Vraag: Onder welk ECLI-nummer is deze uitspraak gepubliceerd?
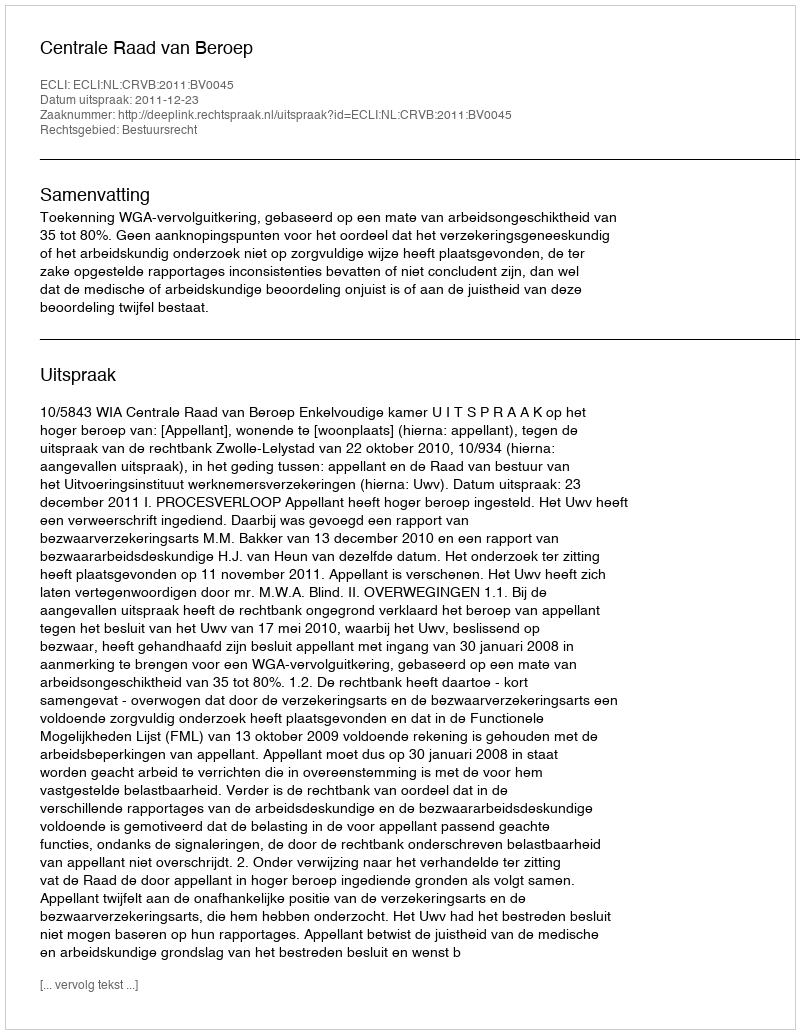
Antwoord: ECLI:NL:CRVB:2011:BV0045